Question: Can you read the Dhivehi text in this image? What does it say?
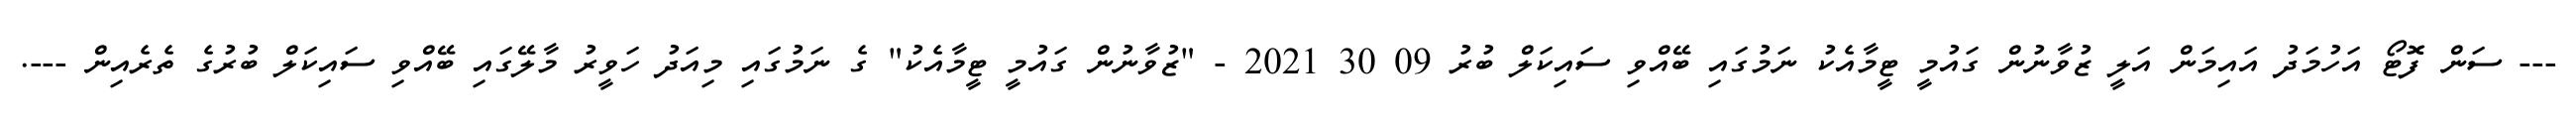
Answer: --- ސަން ފޮޓޯ އަހުމަދު އައިމަން އަލީ ޒުވާނުން ގައުމީ ޓީމާއެކު ނަމުގައި ބޭއްވި ސައިކަލް ބުރު 09 30 2021 - "ޒުވާނުން ގައުމީ ޓީމާއެކު" ގެ ނަމުގައި މިއަދު ހަވީރު މާލޭގައި ބޭއްވި ސައިކަލް ބުރުގެ ތެރެއިން ---.